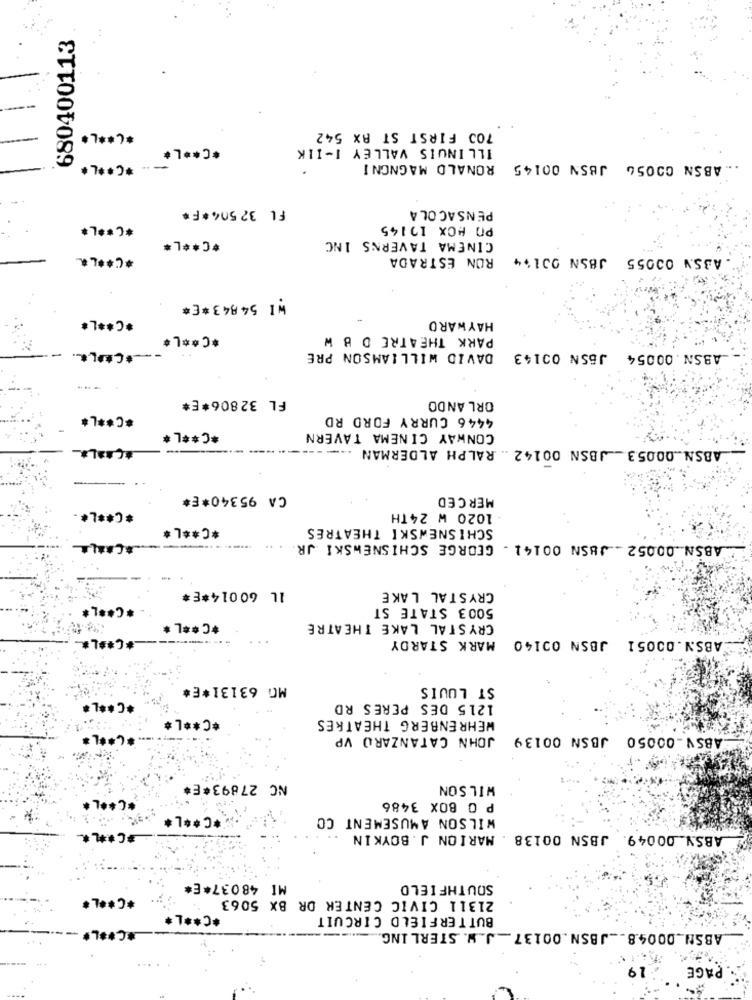
680400113
*C ** L*
700 FIRST ST RX 542
*C ** L*
ILLINOIS VALLEY I-IIK
-- * C ***
.. ABSN 000SG JBSN 00145 RONALD MAGNONI
FL 32504*F*
PENSACOLA
******
PO BOX 17145
CINEMA TAVERNS 1NC
*C ** L*
******
RON ESTRADA
ABSV 00055 JBSN 001.4
WI 54843*E*
*C ** L*
HAY WARD
*C ** L*
PARK THEATRE D B W
DAVID WILLIAMSON PRE
ABSN.00054 JBSN 00143
FL 32806*E*
ORL ANDO
*C ** L*
4446 CURRY FORD RD
*C ** L*
CONWAY CINEMA TAVERN
---
ABSN.00053. JBSN 00142 .. RALPH ALDERMAN
CA 95340*E*
MERCED
*C ** L*
1020 W 24TH
*C ** L*
SCHISNEWSKI THEATRES
ABSN .00052 _ JBSN 00141 . GEORGE SCHISNEWSKI JR.
IL 60014*E*
CRYSTAL LAKE
*C ** L*
5003 STATE ST
*C ** L*
CRYSTAL LAKE THEATRE
*C ** L*
MARK STARDY
ABSN.00051 JBSN 00140
MO 63131*E*
ST LOUIS
*C ** L*
1215 DES PERES RD
*C ** L*
WEHRENBERG THEATRES
*C ***
JOHN CATANZARO VP
ABSV_00050 JBSN 00139
NC 27893*E*
WILSON
COOL
P O BOX 3486
*C ** L*
WILSON AMUSEMENT CO
*C ***
JBSN 00138 . MARION J. BOYKIN
ABSY 00049.
MI 48037*E
SOUTHFIELD
*C ** L*
21311 CIVIC CENTER DR BX 5063
*C ** L*
BUTTERFIELD CIRCUIT
*C ** L*
ABSN __ 0004.8 __ JBSN. 00137 __ J. W. STERLING ........
19
PAGE